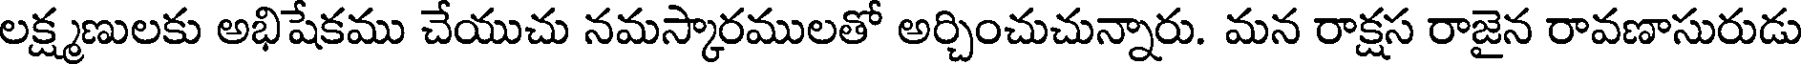
లక్ష్మణులకు అభిషేకము చేయుచు నమస్కారములతో అర్చించుచున్నారు. మన రాక్షస రాజైన రావణాసురుడు